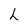
Character: L